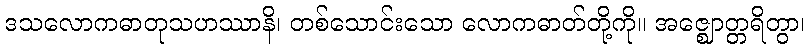
ဒသလောကဓာတုသဟဿာနိ၊ တစ်သောင်းသော လောကဓာတ်တို့ကို။ အဇ္ဈောတ္တရိတွာ၊